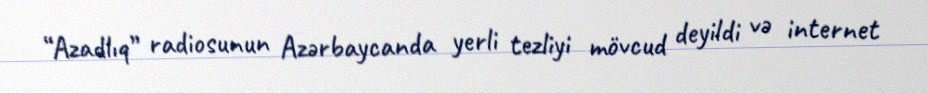
“Azadlıq” radiosunun Azərbaycanda yerli tezliyi mövcud deyildi və internet